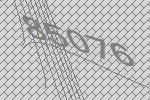
85076